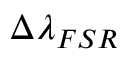
\Delta \lambda _ { F S R }